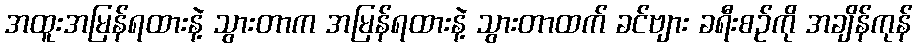
အထူးအမြန်ရထားနဲ့ သွားတာက အမြန်ရထားနဲ့ သွားတာထက် ခင်ဗျား ခရီးစဉ်ကို အချိန်ကုန်